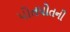
પોતપોતની